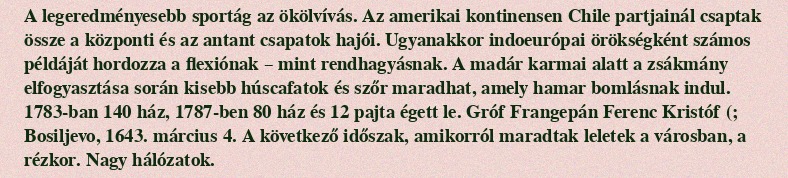
A legeredményesebb sportág az ökölvívás. Az amerikai kontinensen Chile partjainál csaptak össze a központi és az antant csapatok hajói. Ugyanakkor indoeurópai örökségként számos példáját hordozza a flexiónak – mint rendhagyásnak. A madár karmai alatt a zsákmány elfogyasztása során kisebb húscafatok és szőr maradhat, amely hamar bomlásnak indul. 1783-ban 140 ház, 1787-ben 80 ház és 12 pajta égett le. Gróf Frangepán Ferenc Kristóf (; Bosiljevo, 1643. március 4. A következő időszak, amikorról maradtak leletek a városban, a rézkor. Nagy hálózatok.